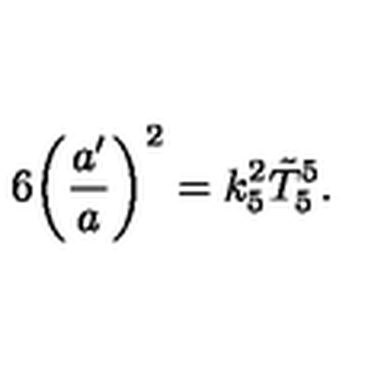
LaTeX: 6 \biggl ( \frac { a ^ { \prime } } { a } \biggr ) ^ { 2 } = k _ { 5 } ^ { 2 } \tilde { T } _ { 5 } ^ { 5 } .